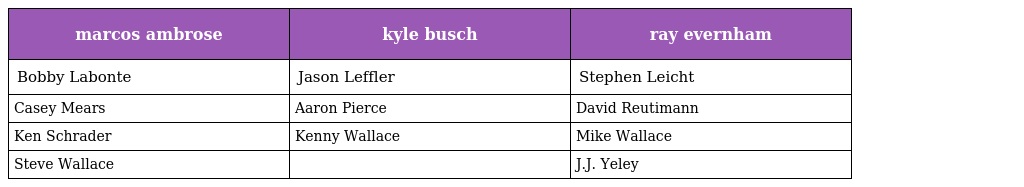
| marcos ambrose | kyle busch | ray evernham |
 | --- | --- | --- |
 | Bobby Labonte | Jason Leffler | Stephen Leicht |
 | Casey Mears | Aaron Pierce | David Reutimann |
 | Ken Schrader | Kenny Wallace | Mike Wallace |
 | Steve Wallace |  | J.J. Yeley |